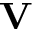
\mathbf { V }